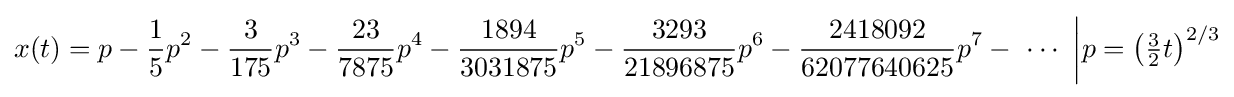
x(t)=p-{\frac {1}{5}}p^{2}-{\frac {3}{175}}p^{3}-{\frac {23}{7875}}p^{4}-{\frac {1894}{3031875}}p^{5}-{\frac {3293}{21896875}}p^{6}-{\frac {2418092}{62077640625}}p^{7}-\ \cdots \ {\bigg |}{p=\left({\tfrac {3}{2}}t\right)^{2/3}}